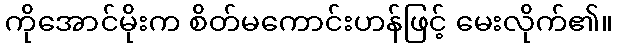
ကိုအောင်မိုးက စိတ်မကောင်းဟန်ဖြင့် မေးလိုက်၏။